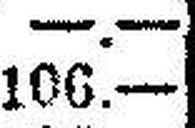
106.—